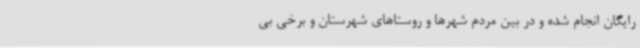
رایگان انجام شده و در بین مردم شهرها و روستاهای شهرستان و برخی بی